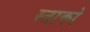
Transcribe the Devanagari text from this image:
स्ताको